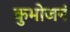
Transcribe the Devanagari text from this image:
कुभोजनं